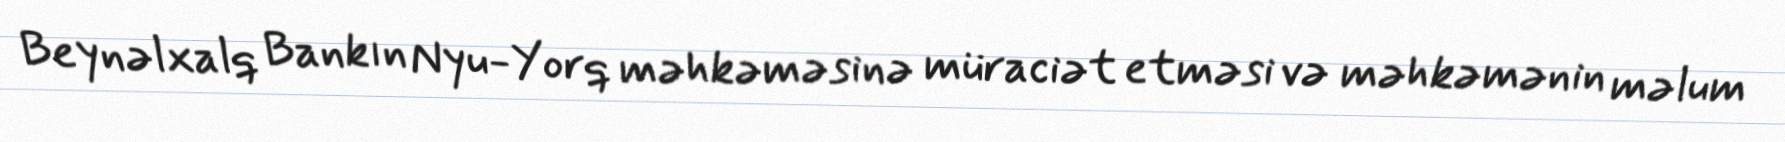
Beynəlxalq Bankın Nyu-Yorq məhkəməsinə müraciət etməsi və məhkəmənin məlum